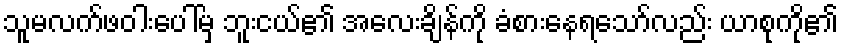
သူမလက်ဖဝါးပေါ်မှ ဘူးငယ်၏ အလေးချိန်ကို ခံစားနေရသော်လည်း ယာစုကို၏